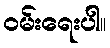
၀မ်းရေးပါ။